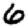
Digit: 6